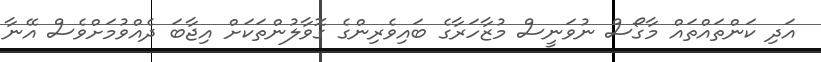
އަދި ކަންތައްތައް މާގޯސް ނުވަނީސް މުޒާހަރާގެ ބައިވެރިންގެ ގޮވާލުންތަކަށް އިޖާބަ ދެއްވުމަށްވެސް އޭނާ